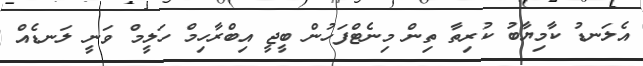
އެލަނޑު ކާމިޔާބު ކުރިތާ ތިން މިނެޓްފަހުން ބީޖީ އިބްރާހިމް ހަލީމް ވަނީ ލަނޑެއް